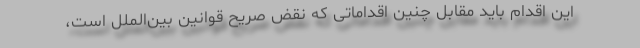
این اقدام باید مقابل چنین اقداماتی که نقض صریح قوانین بین‌الملل است،